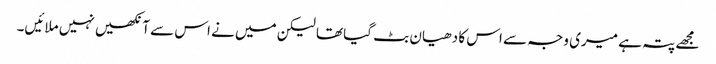
مجھے پتہ ہے میری وجہ سے اس کا دھیان بٹ گیا تھا لیکن میں نے اس سے آنکھیں نہیں ملائیں۔